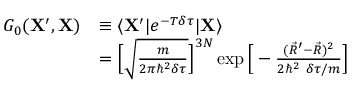
\begin{array} { r l } { G _ { 0 } ( \mathbf { X } ^ { \prime } , \mathbf { X } ) } & { \equiv \langle \mathbf { X } ^ { \prime } | e ^ { - T \delta \tau } | \mathbf { X } \rangle } \\ & { = \Big [ \sqrt { \frac { m } { 2 \pi \hbar ^ { 2 } \delta \tau } } \Big ] ^ { 3 N } \exp \Big [ - \frac { ( \vec { R } ^ { \prime } - \vec { R } ) ^ { 2 } } { 2 \hbar ^ { 2 } \ \delta \tau / m } \Big ] } \end{array}